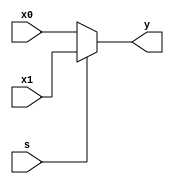
`timescale 1ns / 1ps
//////////////////////////////////////////////////////////////////////////////////
// Company: 
// Engineer: 
// 
// Design Name: 
// Module Name: mux
// Project Name: 
// Target Devices: 
// Tool Versions: 
// Description: 
// 
// Dependencies: 
// 
// Revision:
// Revision 0.01 - File Created
// Additional Comments:
// 
//////////////////////////////////////////////////////////////////////////////////


module mux2x5(x0,x1,s,y);
    input [4:0] x0,x1;
    input s;
    output [4:0] y;
    assign y = s ? x1 : x0;
endmodule

module mux2x32(x0,x1,s,y);
    input [31:0] x0,x1;
    input s;
    output [31:0] y;
    assign y = s ? x1 : x0;
endmodule

module mux4x32(x0,x1,x2,x3,s,y);
    input [31:0] x0,x1,x2,x3;
    input [1:0] s;
    output [31:0] y;
    
    function [31:0] select;    
        input [31:0] x0,x1,x2,x3;
        input [1:0] s;
        case(s)
            2'b00: select = x0;
            2'b01: select = x1;
            2'b10: select = x2 - 32'h00400000;
            2'b11: select = x3 - 32'h00400000;
        endcase
    endfunction
    assign y = select(x0,x1,x2,x3,s);
endmodule